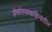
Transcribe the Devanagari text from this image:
झेकोस्लाव्हाकियातील